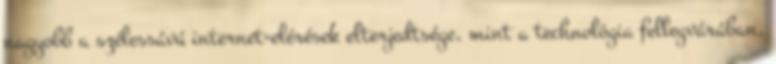
nagyobb a szélessávú internet-elérések elterjedtsége, mint a technológia fellegvárában,